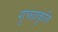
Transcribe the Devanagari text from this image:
गुच्छाकृति